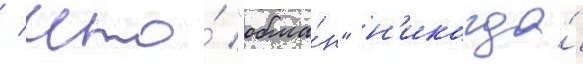
/ что́ "обма́н" н'икогда́